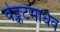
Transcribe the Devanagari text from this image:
वेङ्कटमाधव